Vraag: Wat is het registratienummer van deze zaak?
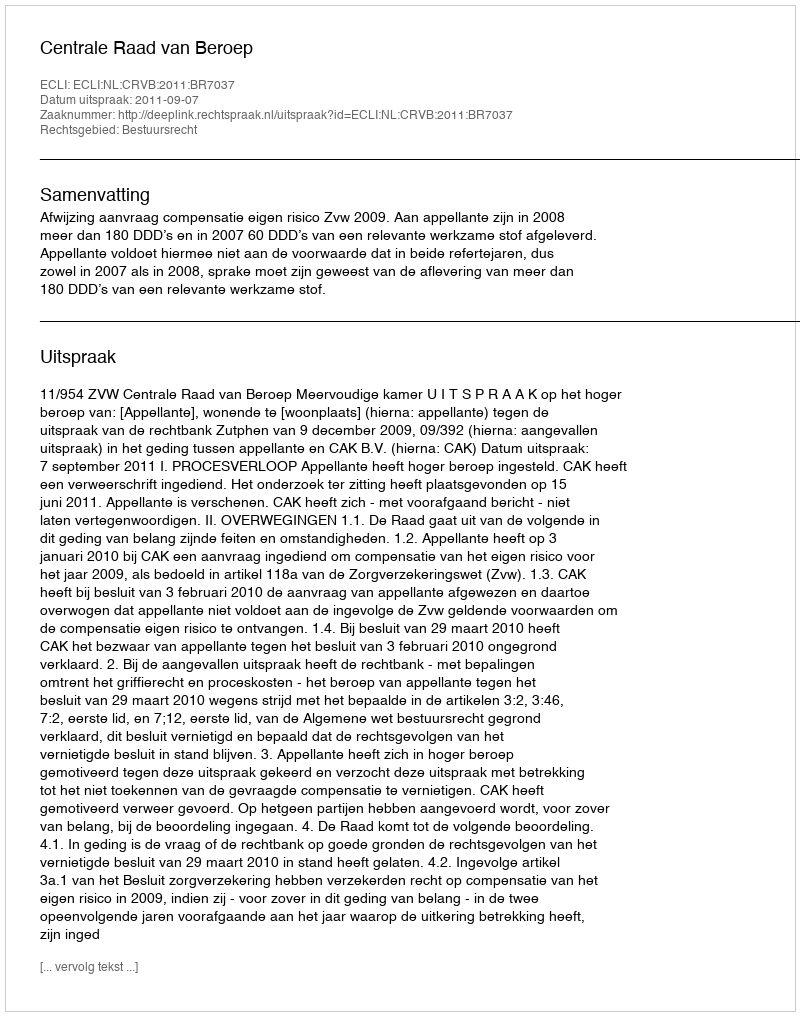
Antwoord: http://deeplink.rechtspraak.nl/uitspraak?id=ECLI:NL:CRVB:2011:BR7037